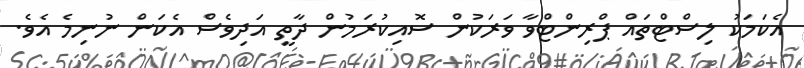
އެކަމަކު ލިސްޓްތައް ޕްރިންޓްވާ ވަރަކުން ސޮއިކުރަމުން ދާތީ އަދިވެސް އެކަން ނުނިމެ އެވެ.